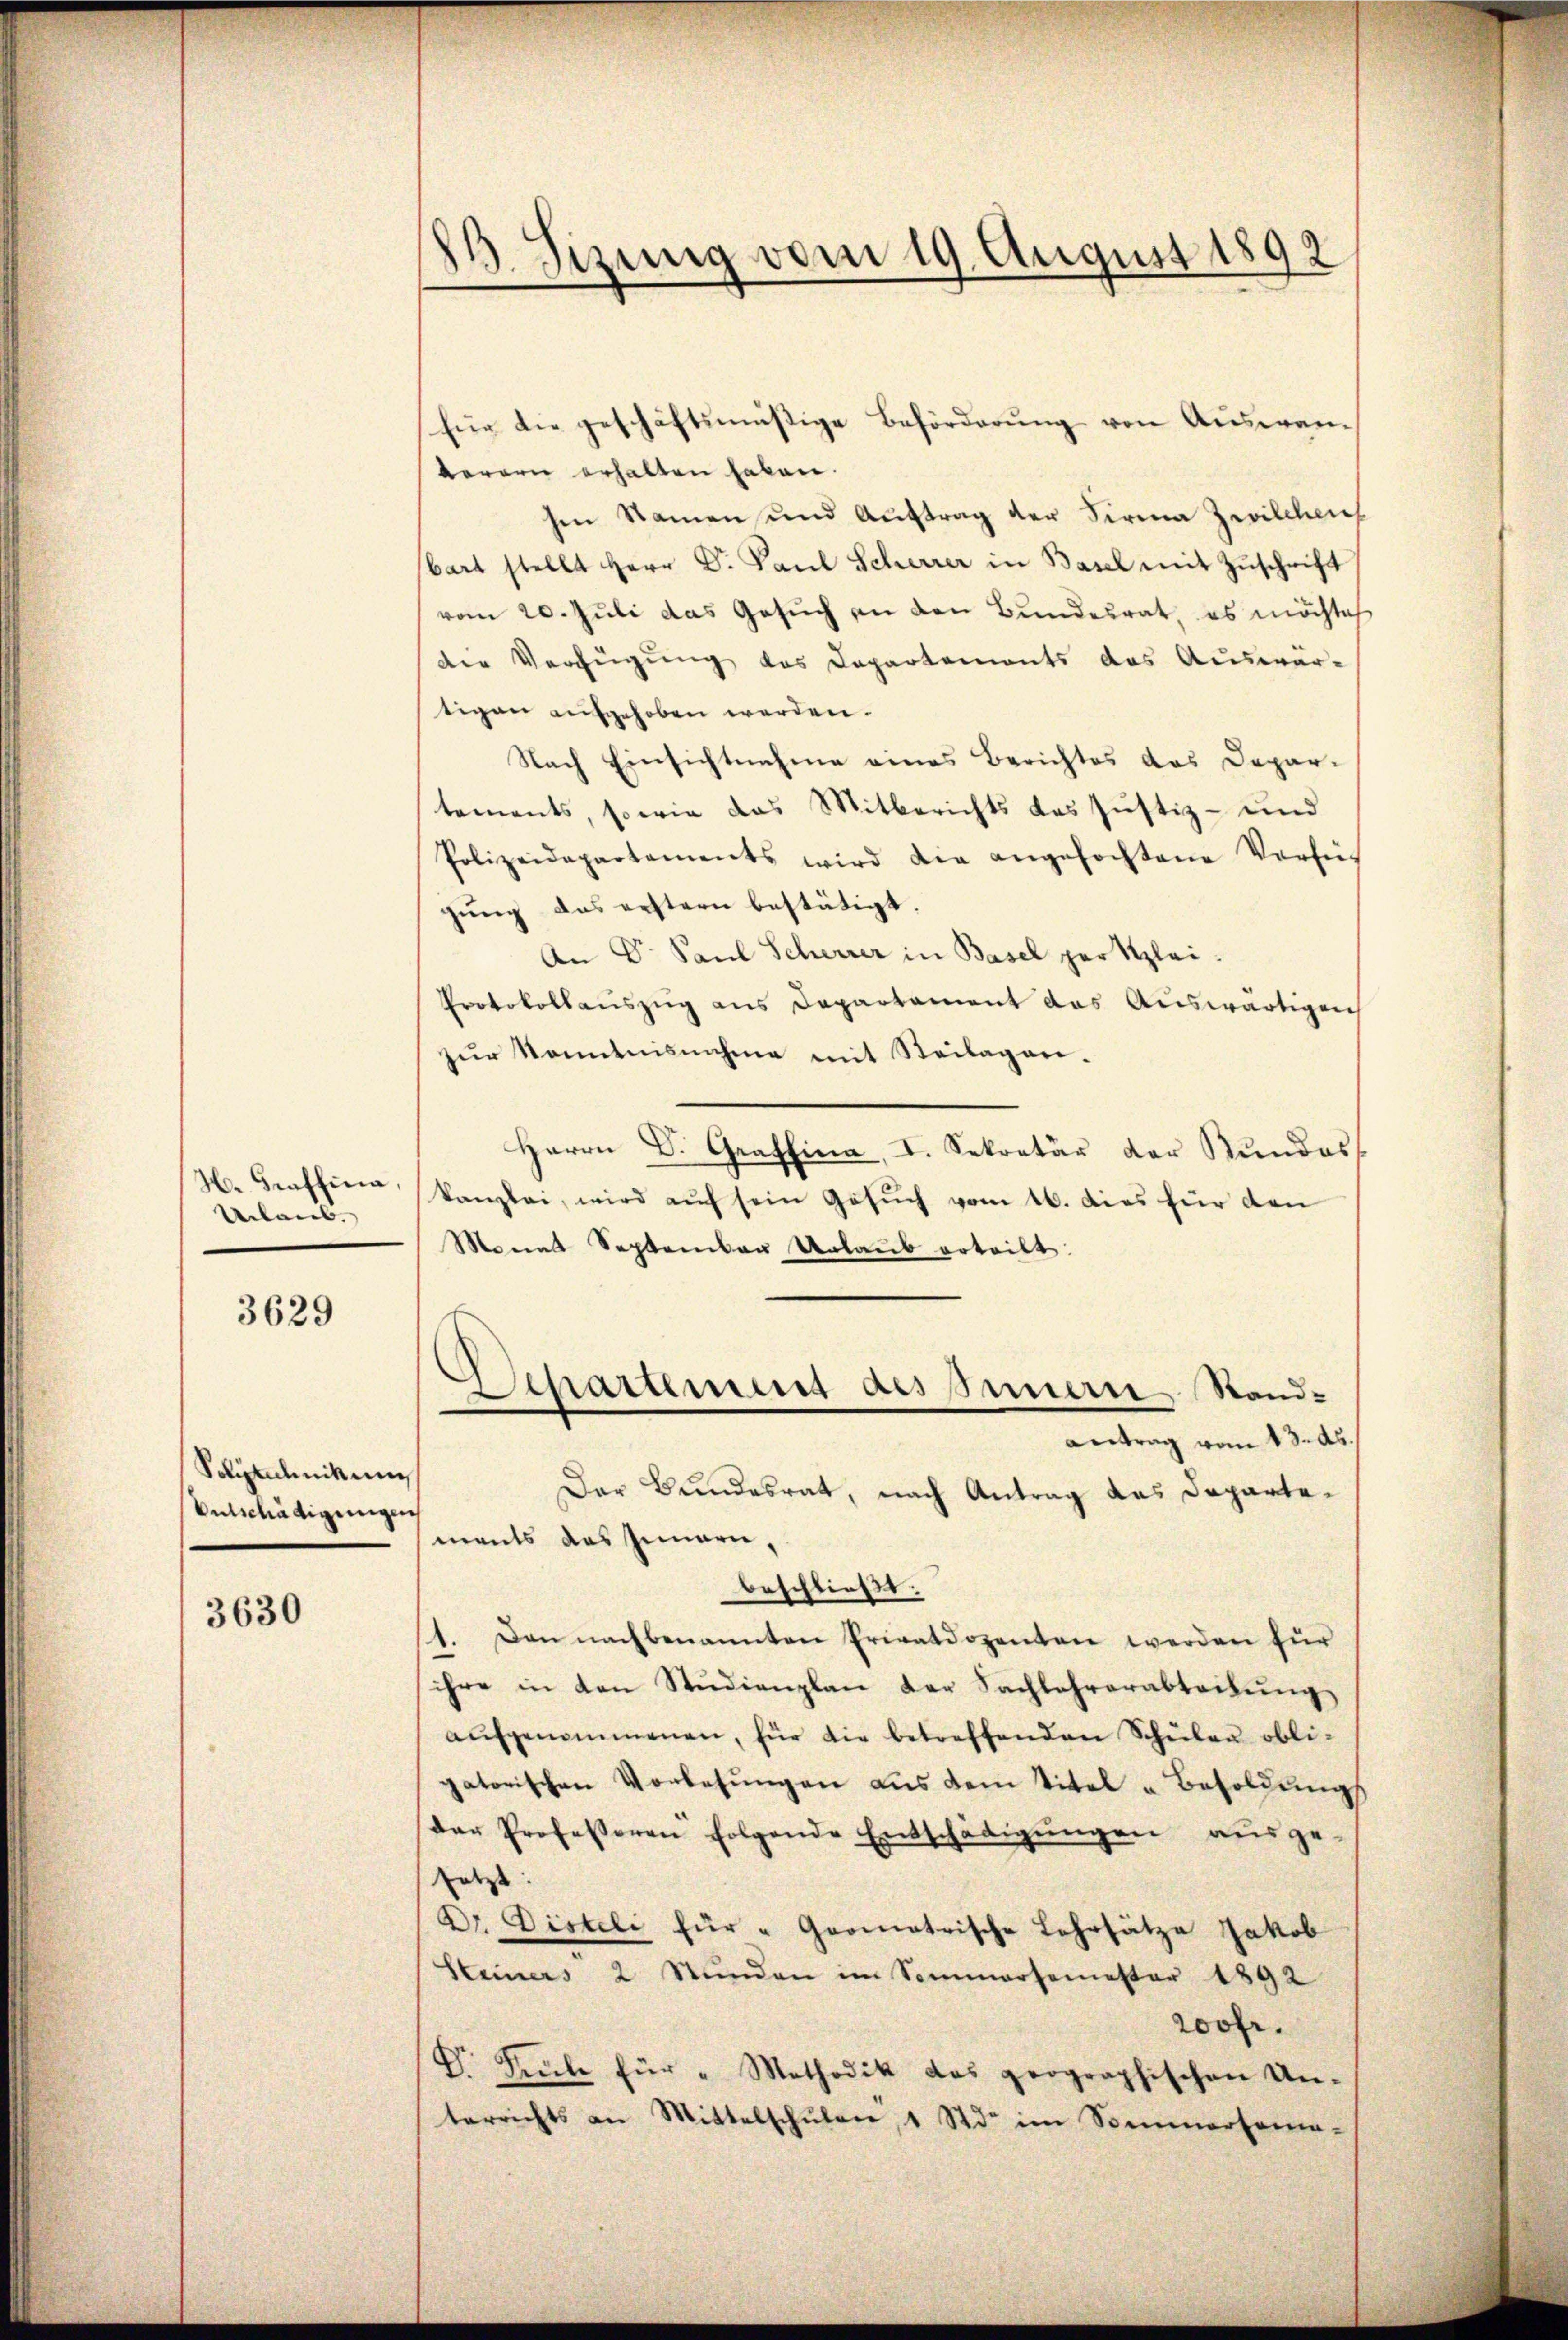
H. Traffina,
Urlaub.

3629

Solitanikum
Entschädigungen

3630

23. Sizung vom 19. August 1892

barern erhalten haben.
sen Namen und Aŭftrag der Firma Zwilchen
bart stellt Herr Dr. Paŭl Scherrer in Basel mit Zŭschrift
vom 20. Juli das Gesuch an den Bundesrat, es möchte
der Verfügŭng des Departements das Auswär-
tigen aufgehoben werden.
Nach Einsichtnahme eines Berichtes das Departements, sowie das Mitberichts das Justiz- und
Polizeidepartements wird die angefochtene Verfü-
gung das erstern bestätigt.
An Dr. Paul Scherrer in Basel her Klei¬
Protokollauszug aus Departament das Auswärtigen
zŭr Kenntnisnahme mit Steilagen.
Herrn Dr. Graffina, I. Sekretär der Stŭndes
kanzlei, wird auf sein Gesŭch vom 16. dies für den
Monat September Urlaub erteilt.
Departement des Innern Stand-
Antrag vom 13. Au
Der Bundesrat, nach Antrag das Departements das Innern,
beschließt:
1. Den nachbenannten Privatdozenten werden für
ihre in den Studienplan der Sachlehrerabteilung
aŭfgenommenen, für die betreffenden Schŭlen obli-
gatorischen Vorlesungen aus dem Titel u Besoldungs
der Professoren folgende Entschädigŭngen aŭsge-
setzt:
Dr. Disteli für " Geometrische Lehrsätze Jakob
Steiners 2 Stŭnden im Sommersemester 1892
200fr.
Dr. Sule für " Methodik des geographischen Un-
terrichts an Mittelschŭlen, 1 Std. im Sommersama-

(für die geschäftsmäßige Beförderung von Auswan¬